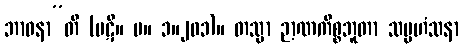
ဘာဝနာ”တိ (ပဋိ။ မ။ ၁။၂၀၁)။ တသ္မာ ဉာဏကိစ္စဘူတာ သမ္ပဟံသနာ